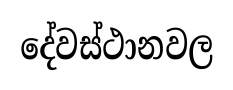
දේවස්ථානවල